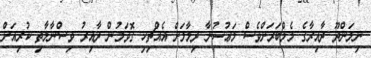
ނިލަންދޫ ދާއިރާގެ މެމްބަރަށްވެސް މަޢުޟުނާ ދިމާލަށް އެއްޗިހި ގޮވަމުން ދާއިރު ވިސްނާލާތި ކުރިއަށް